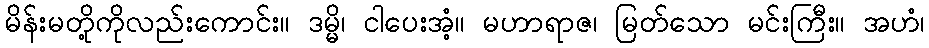
မိန်းမတို့ကိုလည်းကောင်း။ ဒမ္မိ၊ ငါပေးအံ့။ မဟာရာဇ၊ မြတ်သော မင်းကြီး။ အဟံ၊